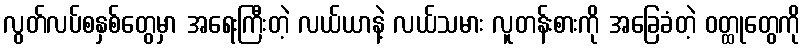
လွတ်လပ်စနှစ်တွေမှာ အရေးကြီးတဲ့ လယ်ယာနဲ့ လယ်သမား လူတန်းစားကို အခြေခံတဲ့ ဝတ္ထုတွေကို